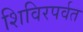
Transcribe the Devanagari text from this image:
शिविरपर्वत